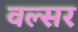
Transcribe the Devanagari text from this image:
वल्सर